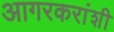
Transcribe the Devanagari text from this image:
आगरकरांशी